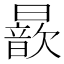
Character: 𣋚